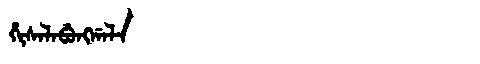
Manchu: ᡥᡳᠰᠠᠯᠠᠪᡠᠩᡤᠠᠯᠠ
Romanization: HISALABUNGGALA